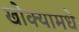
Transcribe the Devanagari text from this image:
खोक्यामधे